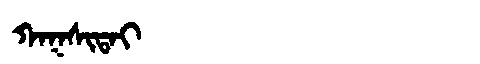
Manchu: ᡴᠠᡴᠰᡳᡨᠠᡳ
Romanization: KAKSITAI